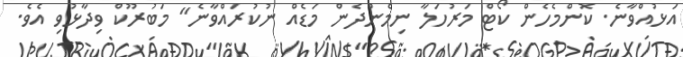
އަޅުއްވާނެ. ކޮންމެހެން ކޯޓް މަރުހަލާ ނިމެންދެން މަޑެއް ނުކުރައްވާނެ" މަބުރޫކް ވިދާޅުވި އެވެ.